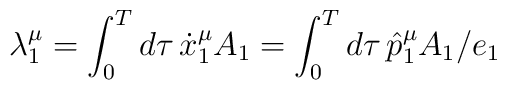
\lambda _1^\mu =\int_0^Td\tau \,\dot{x}_1^\mu A_1=\int_0^Td\tau \,\hat{p}_1^\mu A_1/e_1